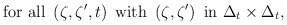
\begin{align*}{\rm for\ all\ }\left( \zeta ,\zeta ^{\prime },t\right) {\rm \ with\ }\left(\zeta ,\zeta ^{\prime }\right) {\rm \ in\ }\Delta _{t}\times \Delta _{t},\end{align*}